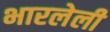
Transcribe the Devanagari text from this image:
भारलेली